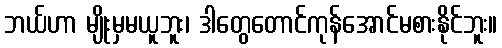
ဘယ်ဟာ မျိုးမှမယူဘူး၊ ဒါတွေတောင်ကုန်အောင်မစားနိုင်ဘူး။